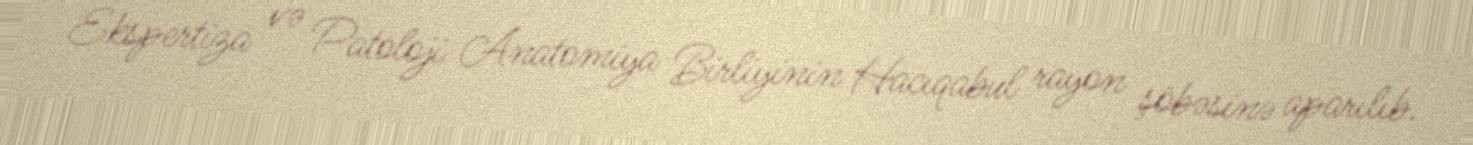
Ekspertiza və Patoloji Anatomiya Birliyinin Hacıqabul rayon şöbəsinə aparılıb.